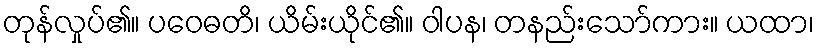
တုန်လှုပ်၏။ ပဝေဓတိ၊ ယိမ်းယိုင်၏။ ဝါပန၊ တနည်းသော်ကား။ ယထာ၊